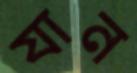
যান